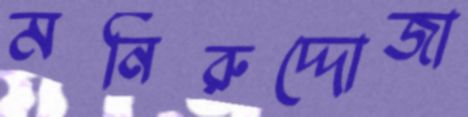
মনিরুদ্দোজা